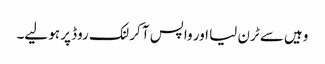
وہیں سے ٹرن لیا اور واپس آ کر لنک روڈ پر ہو لیے۔